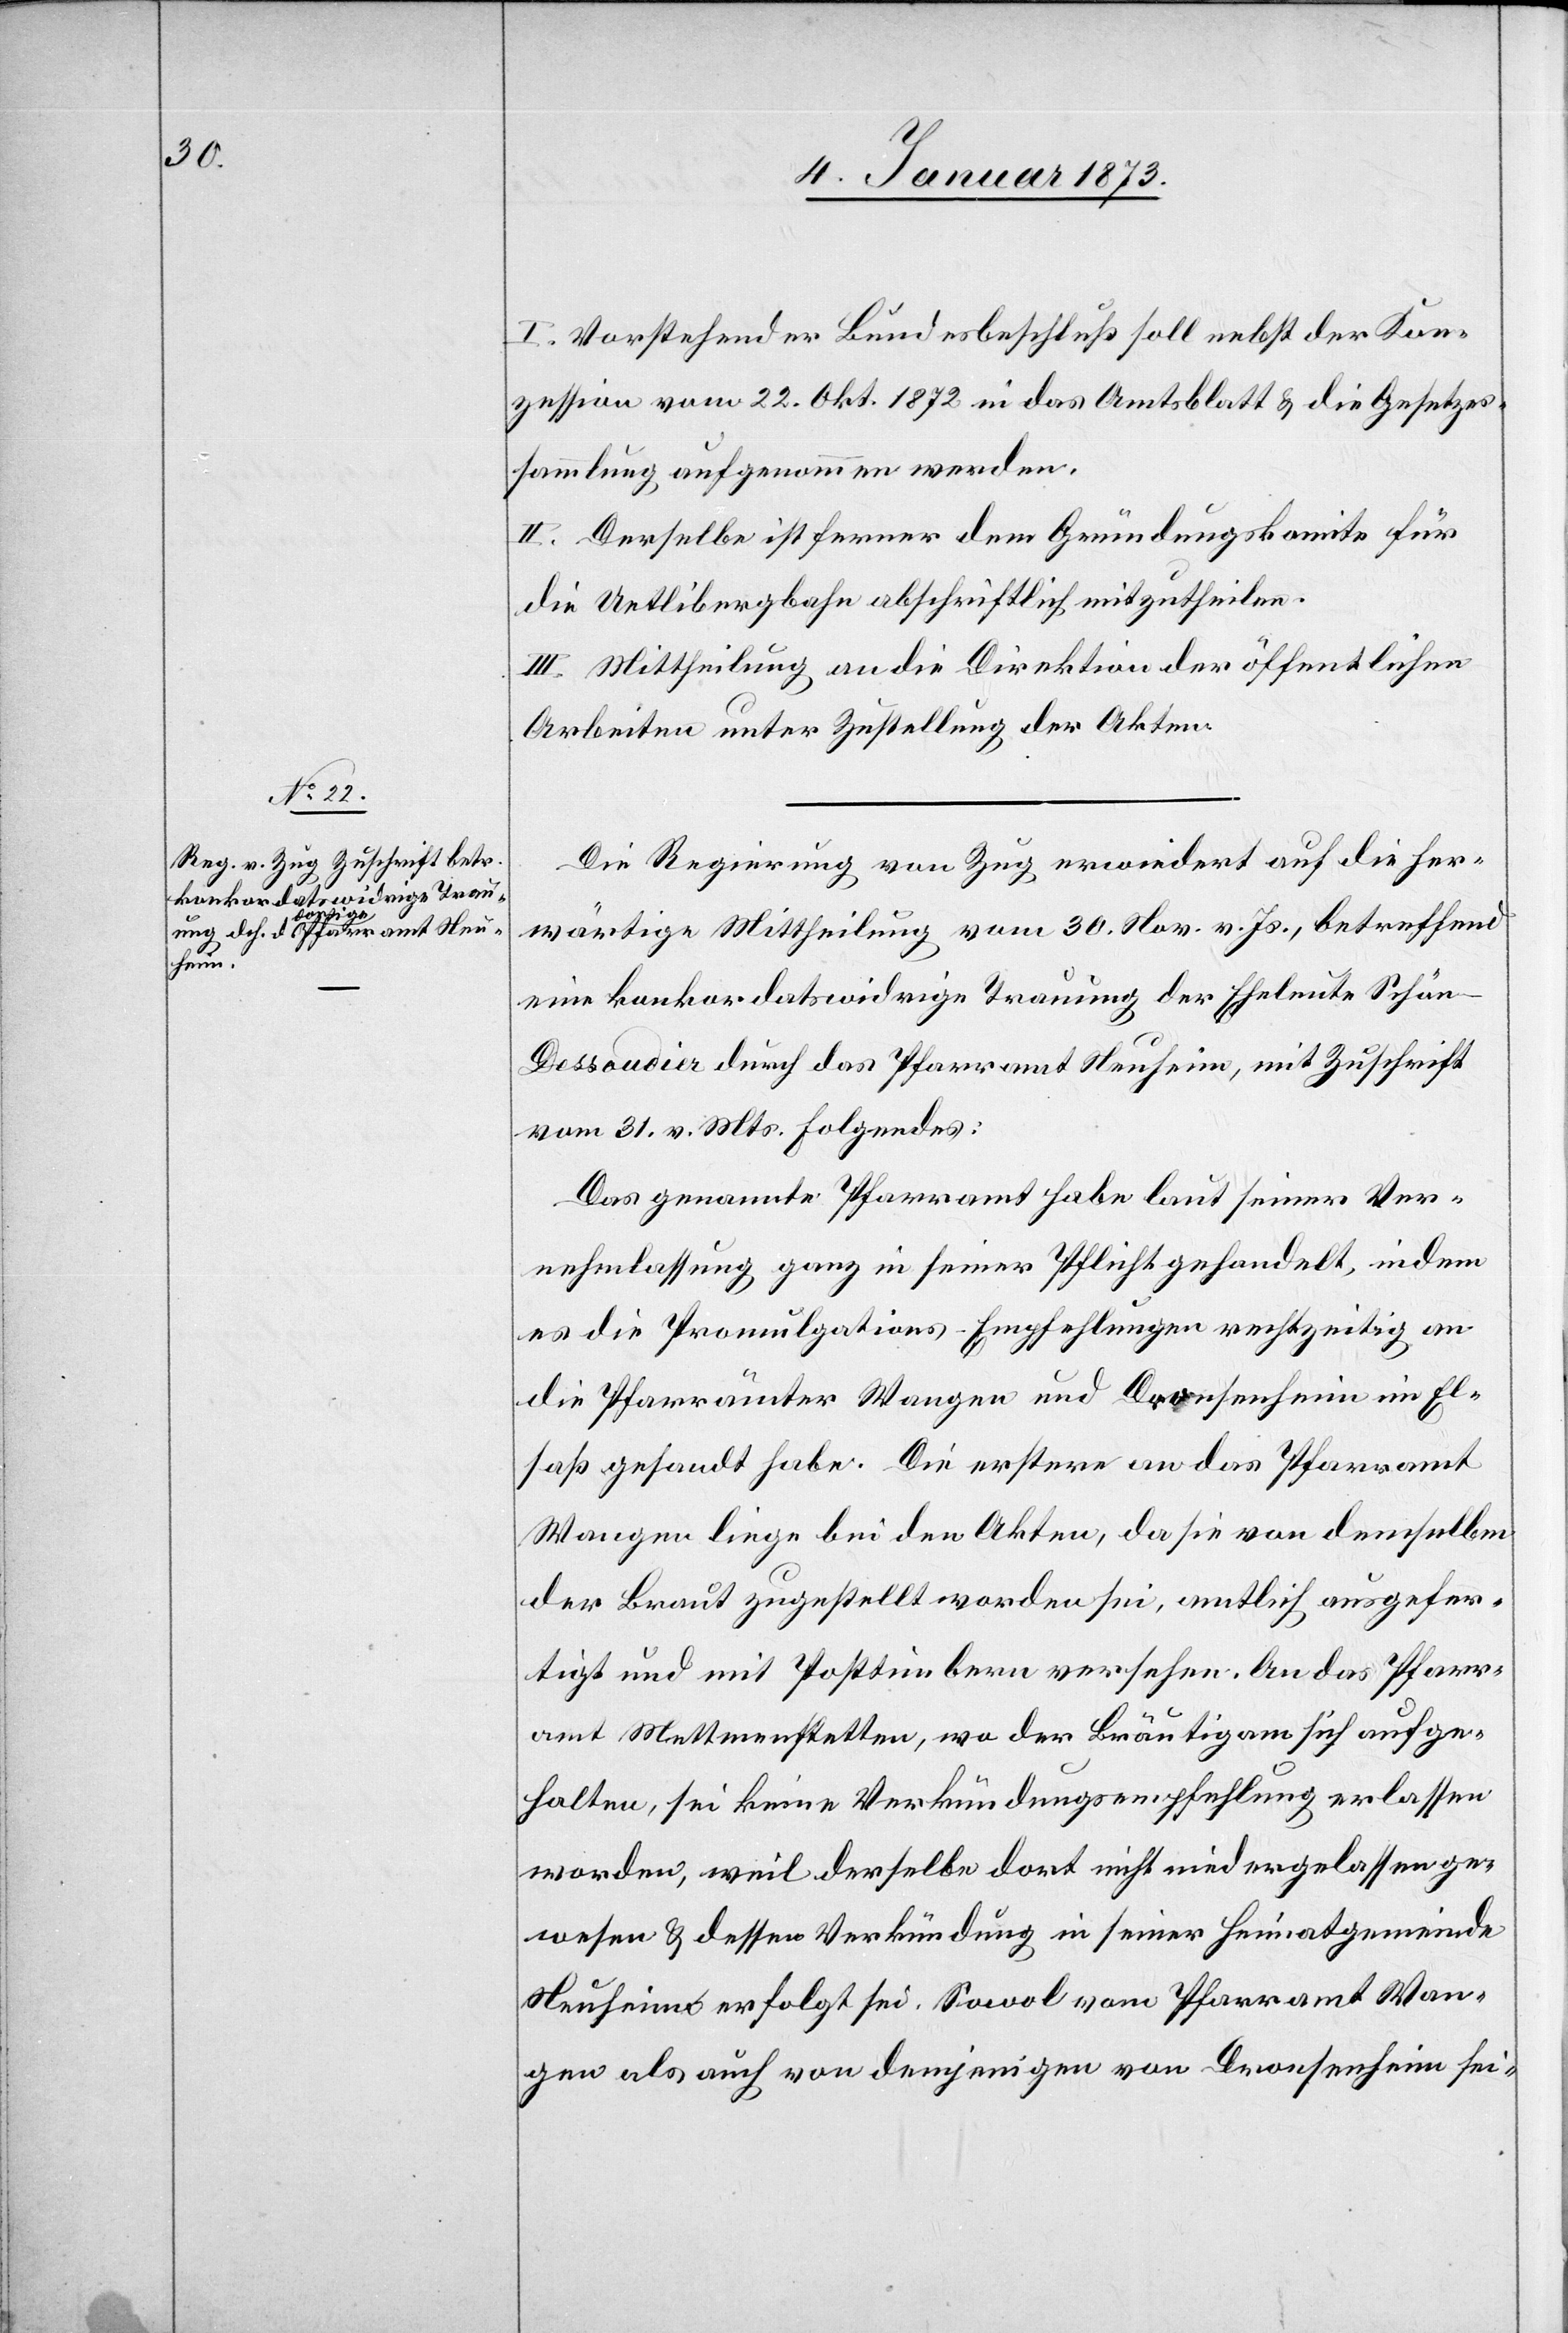
I. Vorstehender Bundesbeschluß soll der Kon¬
zession vom 22. Okt. 1872 in das Amtsblatt & die Gesetzes¬
sammlung aufgenommen werden.
II. Derselbe ist ferner dem Gründungskomite für
die Uetlibergbahn abschriftlich mitzutheilen.
III. Mittheilung an die Direktion der öffentlichen
Arbeiten unter Zustellung der Akten.
Die Regierung von Zug erwiedert auf die her¬
wärtige Mittheilung vom 30. Nov. v. Js., betreffend
eine konkordatswidrige Trauung der Eheleute Schön-D¬
essoudier durch das Pfarramt Neuheim, mit Zuschrift
vom 31. v. Mts. Folgendes:
Das genannte Pfarramt habe laut seiner Ver¬
nehmlassung ganz in seiner Pflicht gehandelt, indem
es die Promulgations-Empfehlungen rechtzeitig an
die Pfarrämter Wangen und Dronsenheim [recte:
Elsaß gesandt habe. Die erstere an das Pfarramt
Wangen liege bei den Akten, da sie von demselben
der Braut zugestellt worden sei, amtlich ausgefer¬
tigt und mit Posttimbern versehen. An das Pfarr¬
amt Mettmenstetten, wo der Bräutigam sich aufge¬
halten, sei keine Verkündungsempfehlung erlassen
worden, weil derselbe dort nicht niedergelassen ge¬
wesen & dessen Verkündung in seiner Heimatgemeinde
Neuheim erfolgt sei. Sowol vom Pfarramt Wan¬
gen als auch von demjenigen von Dronsenheim [recte: